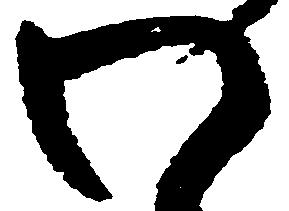
わ